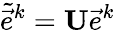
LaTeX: \tilde{\vec{e}}^{k}=\mathbf{U}\vec{e}^{k}